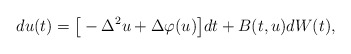
\begin{align*}d u(t) = \big[ - \Delta^2 u + \Delta \varphi(u) \big] dt + B(t,u) dW(t) ,\end{align*}